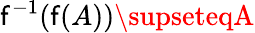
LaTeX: \mathsf{f}^{-1}(\mathsf{f}(A))\supseteqA